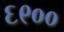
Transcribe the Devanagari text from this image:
६९००